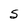
Character: S